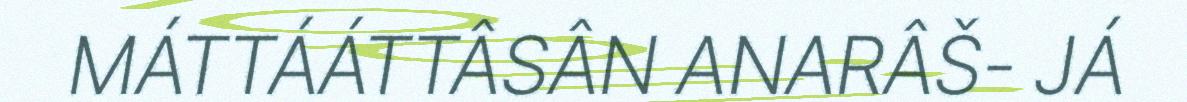
MÁTTÁÁTTÂSÂN ANARÂŠ- JÁ